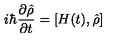
i \hbar \frac { \partial \hat { \rho } } { \partial t } = \left[ H ( t ) , \hat { \rho } \right]